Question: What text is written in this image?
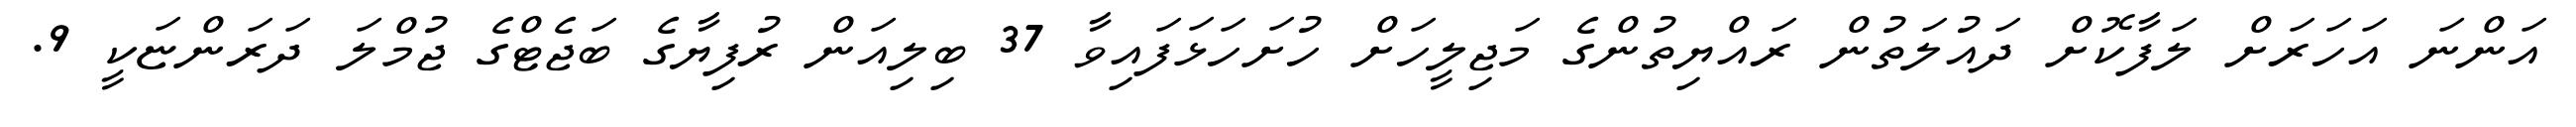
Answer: އަންނަ އަހަރަށް ލަފާކޮށް ދައުލަތުން ރައްޔިތުންގެ މަޖިލީހަށް ހުށަހަޅަފައިވާ 37 ބިލިއަން ރުފިޔާގެ ބަޖެޓްގެ ޖުމްލަ ދަރަންޏަކީ 9.